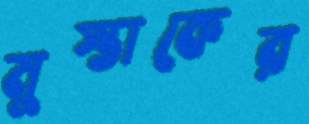
মুস্তাকের